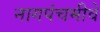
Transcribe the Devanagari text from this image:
नागपंचमीवे